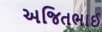
અજિતભાઈ